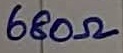
Text: 680Ω